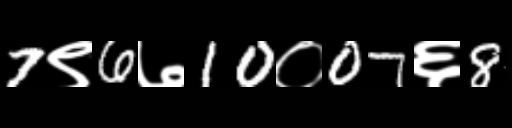
Text: 7९6७10०07६8